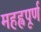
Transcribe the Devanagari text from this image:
महह्वपूर्ण